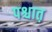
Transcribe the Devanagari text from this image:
पश्चात़